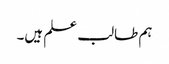
ہم طالب علم ہیں۔